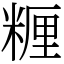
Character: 糎